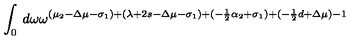
\int _ { 0 } \: d \omega \omega ^ { ( \mu _ { 2 } - \Delta \mu - \sigma _ { 1 } ) + ( \lambda + 2 s - \Delta \mu - \sigma _ { 1 } ) + ( - \frac { 1 } { 2 } \alpha _ { 2 } + \sigma _ { 1 } ) + ( - \frac { 1 } { 2 } d + \Delta \mu ) - 1 }